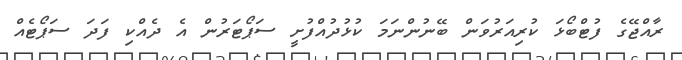
ރާއްޖޭގެ ފުޓްބޯޅަ ކުރިއަރުވަން ބޭނުންނަމަ ކުޅުދުއްފުށީ ސަޕޯޓަރުން އެ ދެއްކި ފަދަ ސަޕޯޓެއް